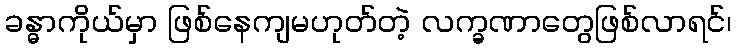
ခန္ဓာကိုယ်မှာ ဖြစ်နေကျမဟုတ်တဲ့ လက္ခဏာတွေဖြစ်လာရင်၊